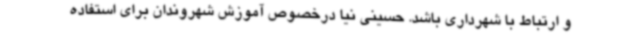
و ارتباط با شهرداری باشد. حسینی نیا درخصوص آموزش شهروندان برای استفاده